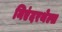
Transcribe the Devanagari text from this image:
निएंदरथेल्स